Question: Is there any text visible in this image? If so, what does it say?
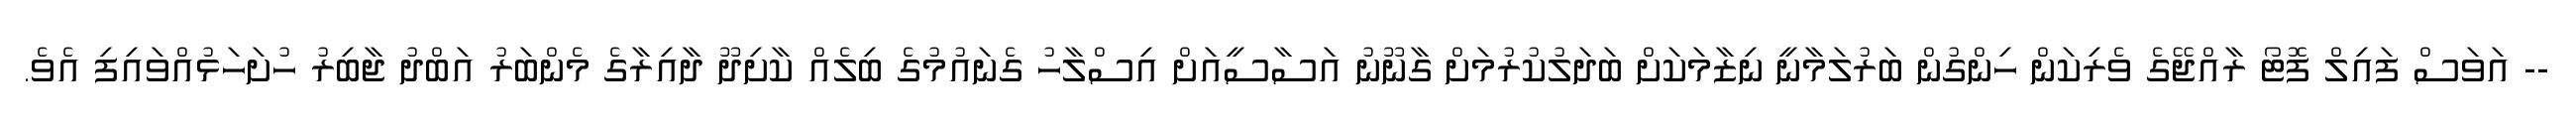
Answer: -- އަވަސް ފައިލް ފޮޓޯ ރާއްޖޭގެ ވެރިކަން ހިންގުން ބަރުލަމާނީ ނިޒާމަކަށް ބަދަލުކުރުމަށް ގާނޫނު އަސާސީއަށް އިސްލާހު ގެނައުމުގެ ބިލެއް ކާށިދޫ ދާއިރާގެ މެންބަރު އަބްދު ޖާބިރު ހުށަހަޅުއްވައިފި އެވެ.